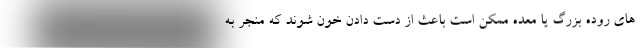
های روده بزرگ یا معده ممکن است باعث از دست دادن خون شوند که منجر به